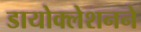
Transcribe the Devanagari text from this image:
डायोक्लेशनने